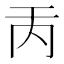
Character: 𠀛